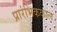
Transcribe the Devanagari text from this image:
प्रारंभिककाल